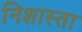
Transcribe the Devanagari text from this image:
निशास्ता